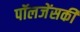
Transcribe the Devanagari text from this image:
पॉलजेंसकी